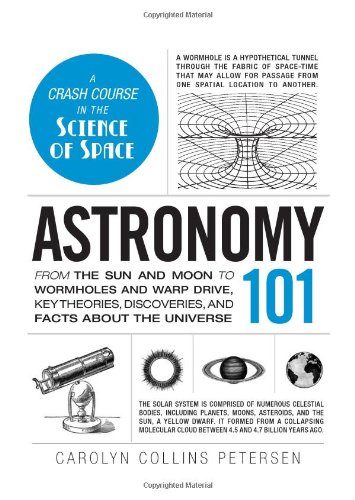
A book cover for Astronomy 101: From the Sun and Moon to Wormholes and Warp Drive, Key Theories, Discoveries, and Facts about the Universe (Adams 101); Carolyn Collins Petersen; Science & Math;